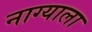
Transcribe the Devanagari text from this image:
नाग्याला